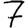
Digit: 7